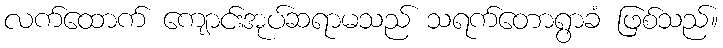
လက်ထောက် ကျောင်းအုပ်ဆရာမသည် သရက်တောရွာခံ ဖြစ်သည်။